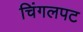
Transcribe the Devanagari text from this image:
चिंगलपट